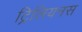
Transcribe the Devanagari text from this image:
ट्रिलियनस